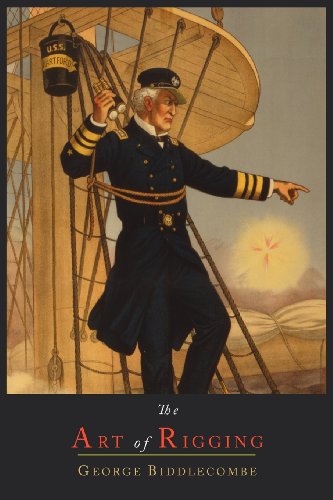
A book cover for The Art of Rigging; George Biddlecombe; Crafts, Hobbies & Home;